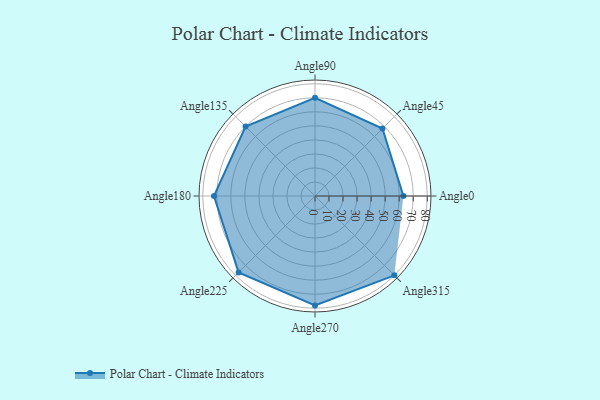
{"axis": {"x": "Angle", "y": "Radius"}, "legend": [""], "data": [{"x": "Angle0", "y": 63.0, "type": ""}, {"x": "Angle45", "y": 68.0, "type": ""}, {"x": "Angle90", "y": 70.0, "type": ""}, {"x": "Angle135", "y": 70.0, "type": ""}, {"x": "Angle180", "y": 72.0, "type": ""}, {"x": "Angle225", "y": 77.0, "type": ""}, {"x": "Angle270", "y": 78.0, "type": ""}, {"x": "Angle315", "y": 80.0, "type": ""}]}